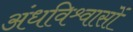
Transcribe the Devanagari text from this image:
अंधविश्र्वासों